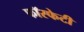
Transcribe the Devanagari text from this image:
फॉस्फेटी